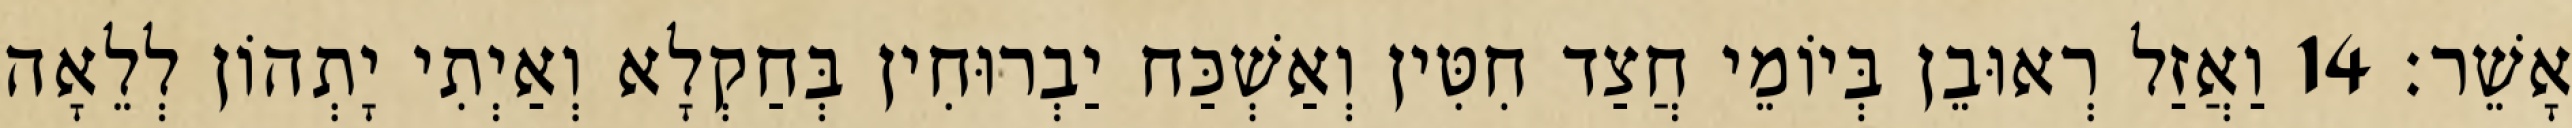
אָשֵׁר׃ 14 וַאֲזַל רְאוּבֵן בְּיוֹמֵי חֲצַד חִטִּין וְאַשְׁכַּח יַבְרוּחִין בְּחַקְלָא וְאַיְתִי יָתְהוֹן לְלֵאָה